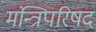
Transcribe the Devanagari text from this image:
मंन्त्रिपरिषद